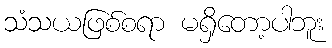
သံသယဖြစ်စရာ မရှိတော့ပါဘူး